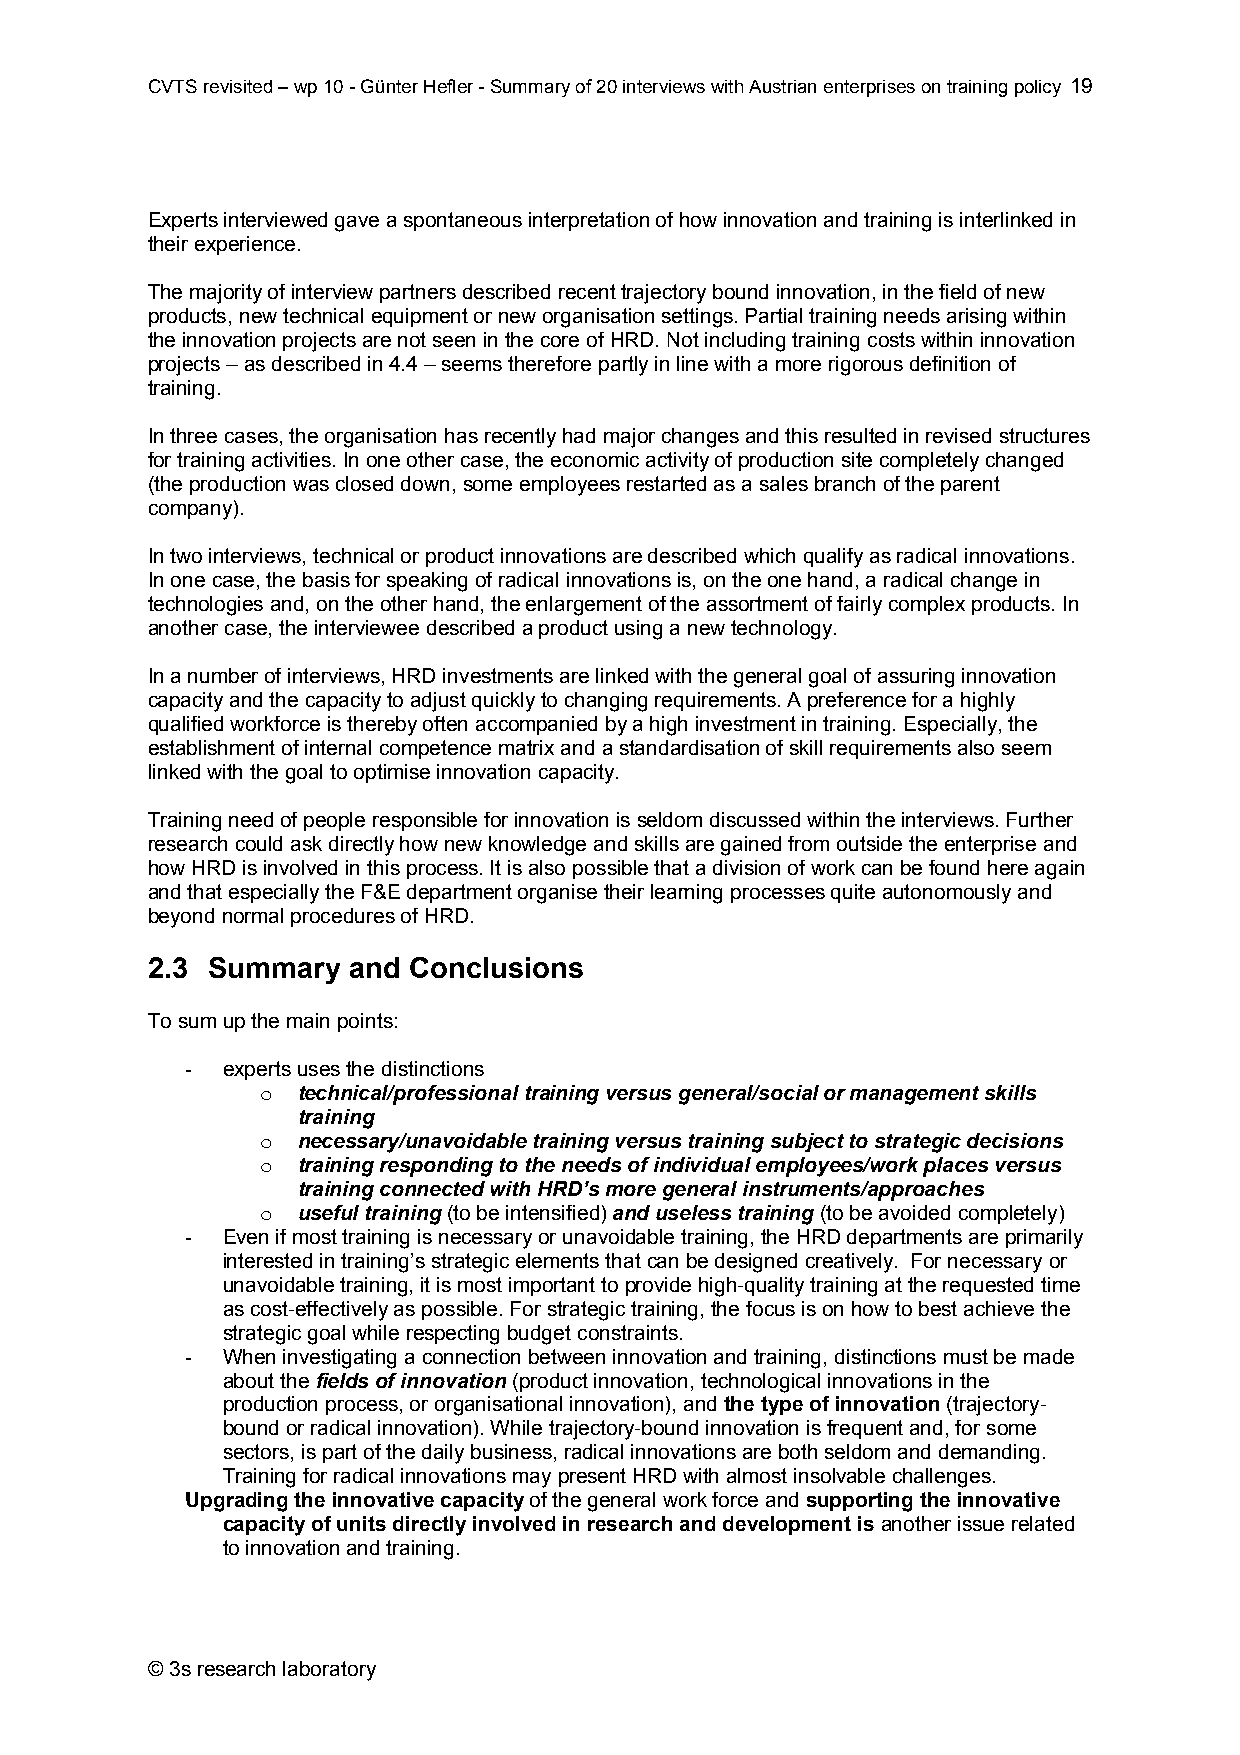
CVTS revisited – wp 10 - Günter Hefler - Summary of 20 interviews with Austrian enterprises on training policy 19
 Experts interviewed gave a spontaneous interpretation of how innovation and training is interlinked in
 their experience.
 The majority of interview partners described recent trajectory bound innovation, in the field of new
 products, new technical equipment or new organisation settings. Partial training needs arising within
 the innovation projects are not seen in the core of HRD. Not including training costs within innovation
 projects – as described in 4.4 – seems therefore partly in line with a more rigorous definition of
 training.
 In three cases, the organisation has recently had major changes and this resulted in revised structures
 for training activities. In one other case, the economic activity of production site completely changed
 (the production was closed down, some employees restarted as a sales branch of the parent
 company).
 In two interviews, technical or product innovations are described which qualify as radical innovations.
 In one case, the basis for speaking of radical innovations is, on the one hand, a radical change in
 technologies and, on the other hand, the enlargement of the assortment of fairly complex products. In
 another case, the interviewee described a product using a new technology.
 In a number of interviews, HRD investments are linked with the general goal of assuring innovation
 capacity and the capacity to adjust quickly to changing requirements. A preference for a highly
 qualified workforce is thereby often accompanied by a high investment in training. Especially, the
 establishment of internal competence matrix and a standardisation of skill requirements also seem
 linked with the goal to optimise innovation capacity.
 Training need of people responsible for innovation is seldom discussed within the interviews. Further
 research could ask directly how new knowledge and skills are gained from outside the enterprise and
 how HRD is involved in this process. It is also possible that a division of work can be found here again
 and that especially the F&E department organise their learning processes quite autonomously and
 beyond normal procedures of HRD.
 2.3 Summary  and Conclusions
 To sum up the main points:
 -  experts uses the distinctions
 o  technical/professional training versus general/social or management skills
 training
 o  necessary/unavoidable training versus training subject to strategic decisions
 o  training responding to the needs of individual employees/work places versus
 training connected with HRD’s more general instruments/approaches
 o  useful training (to be intensified) and useless training (to be avoided completely)
 -  Even if most training is necessary or unavoidable training, the HRD departments are primarily
 interested in training’s strategic elements that can be designed creatively. For necessary or
 unavoidable training, it is most important to provide high-quality training at the requested time
 as cost-effectively as possible. For strategic training, the focus is on how to best achieve the
 strategic goal while respecting budget constraints.
 -  When investigating a connection between innovation and training, distinctions must be made
 about the fields of innovation (product innovation, technological innovations in the
 production process, or organisational innovation), and the type of innovation (trajectory-
 bound or radical innovation). While trajectory-bound innovation is frequent and, for some
 sectors, is part of the daily business, radical innovations are both seldom and demanding.
 Training for radical innovations may present HRD with almost insolvable challenges.
 Upgrading the innovative capacity of the general work force and supporting the innovative
 capacity of units directly involved in research and development is another issue related
 to innovation and training.
 © 3s research laboratory